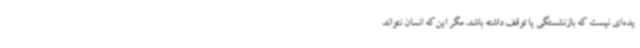
یده‌ای نیست که بازنشستگی یا توقف داشته باشد. مگر این‌که انسان نتواند